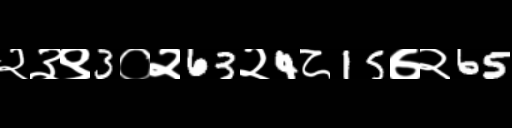
Text: २३९3०२63२4८15७२65